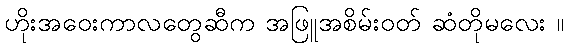
ဟိုးအဝေးကာလတွေဆီက အဖြူအစိမ်းဝတ် ဆံတိုမလေး ။